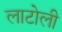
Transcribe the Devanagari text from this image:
लाटोली